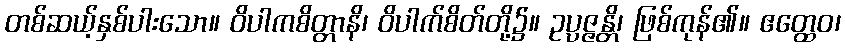
တစ်ဆယ့်နှစ်ပါးသော။ ဝိပါကစိတ္တာနိ၊ ဝိပါက်စိတ်တို့၌။ ဥပ္ပဇ္ဇန္တိ၊ ဖြစ်ကုန်၏။ ဧတ္ထေဝ၊